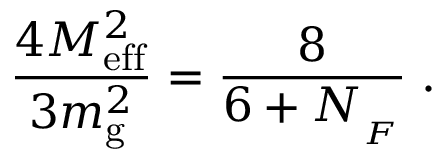
{ \frac { 4 M _ { \mathrm { e f f } } ^ { 2 } } { 3 m _ { \mathrm { g } } ^ { 2 } } } = { \frac { 8 } { 6 + N _ { _ { F } } } } \; .